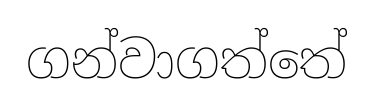
ගන්වාගත්තේ